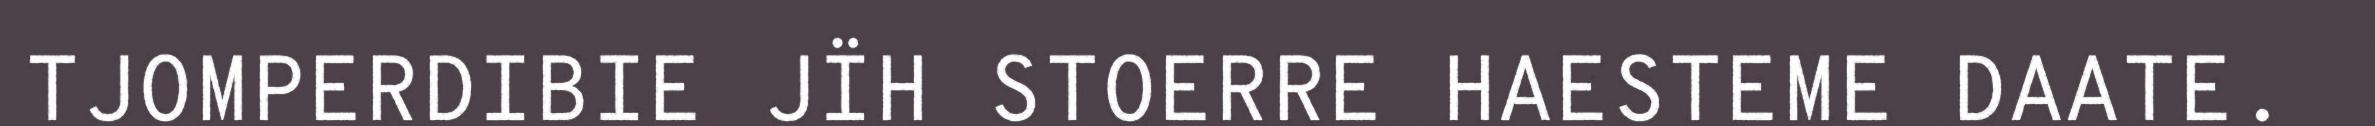
TJOMPERDIBIE JÏH STOERRE HAESTEME DAATE.